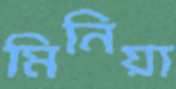
মিনিয়া